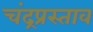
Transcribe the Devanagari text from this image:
चंद्रप्रस्ताव